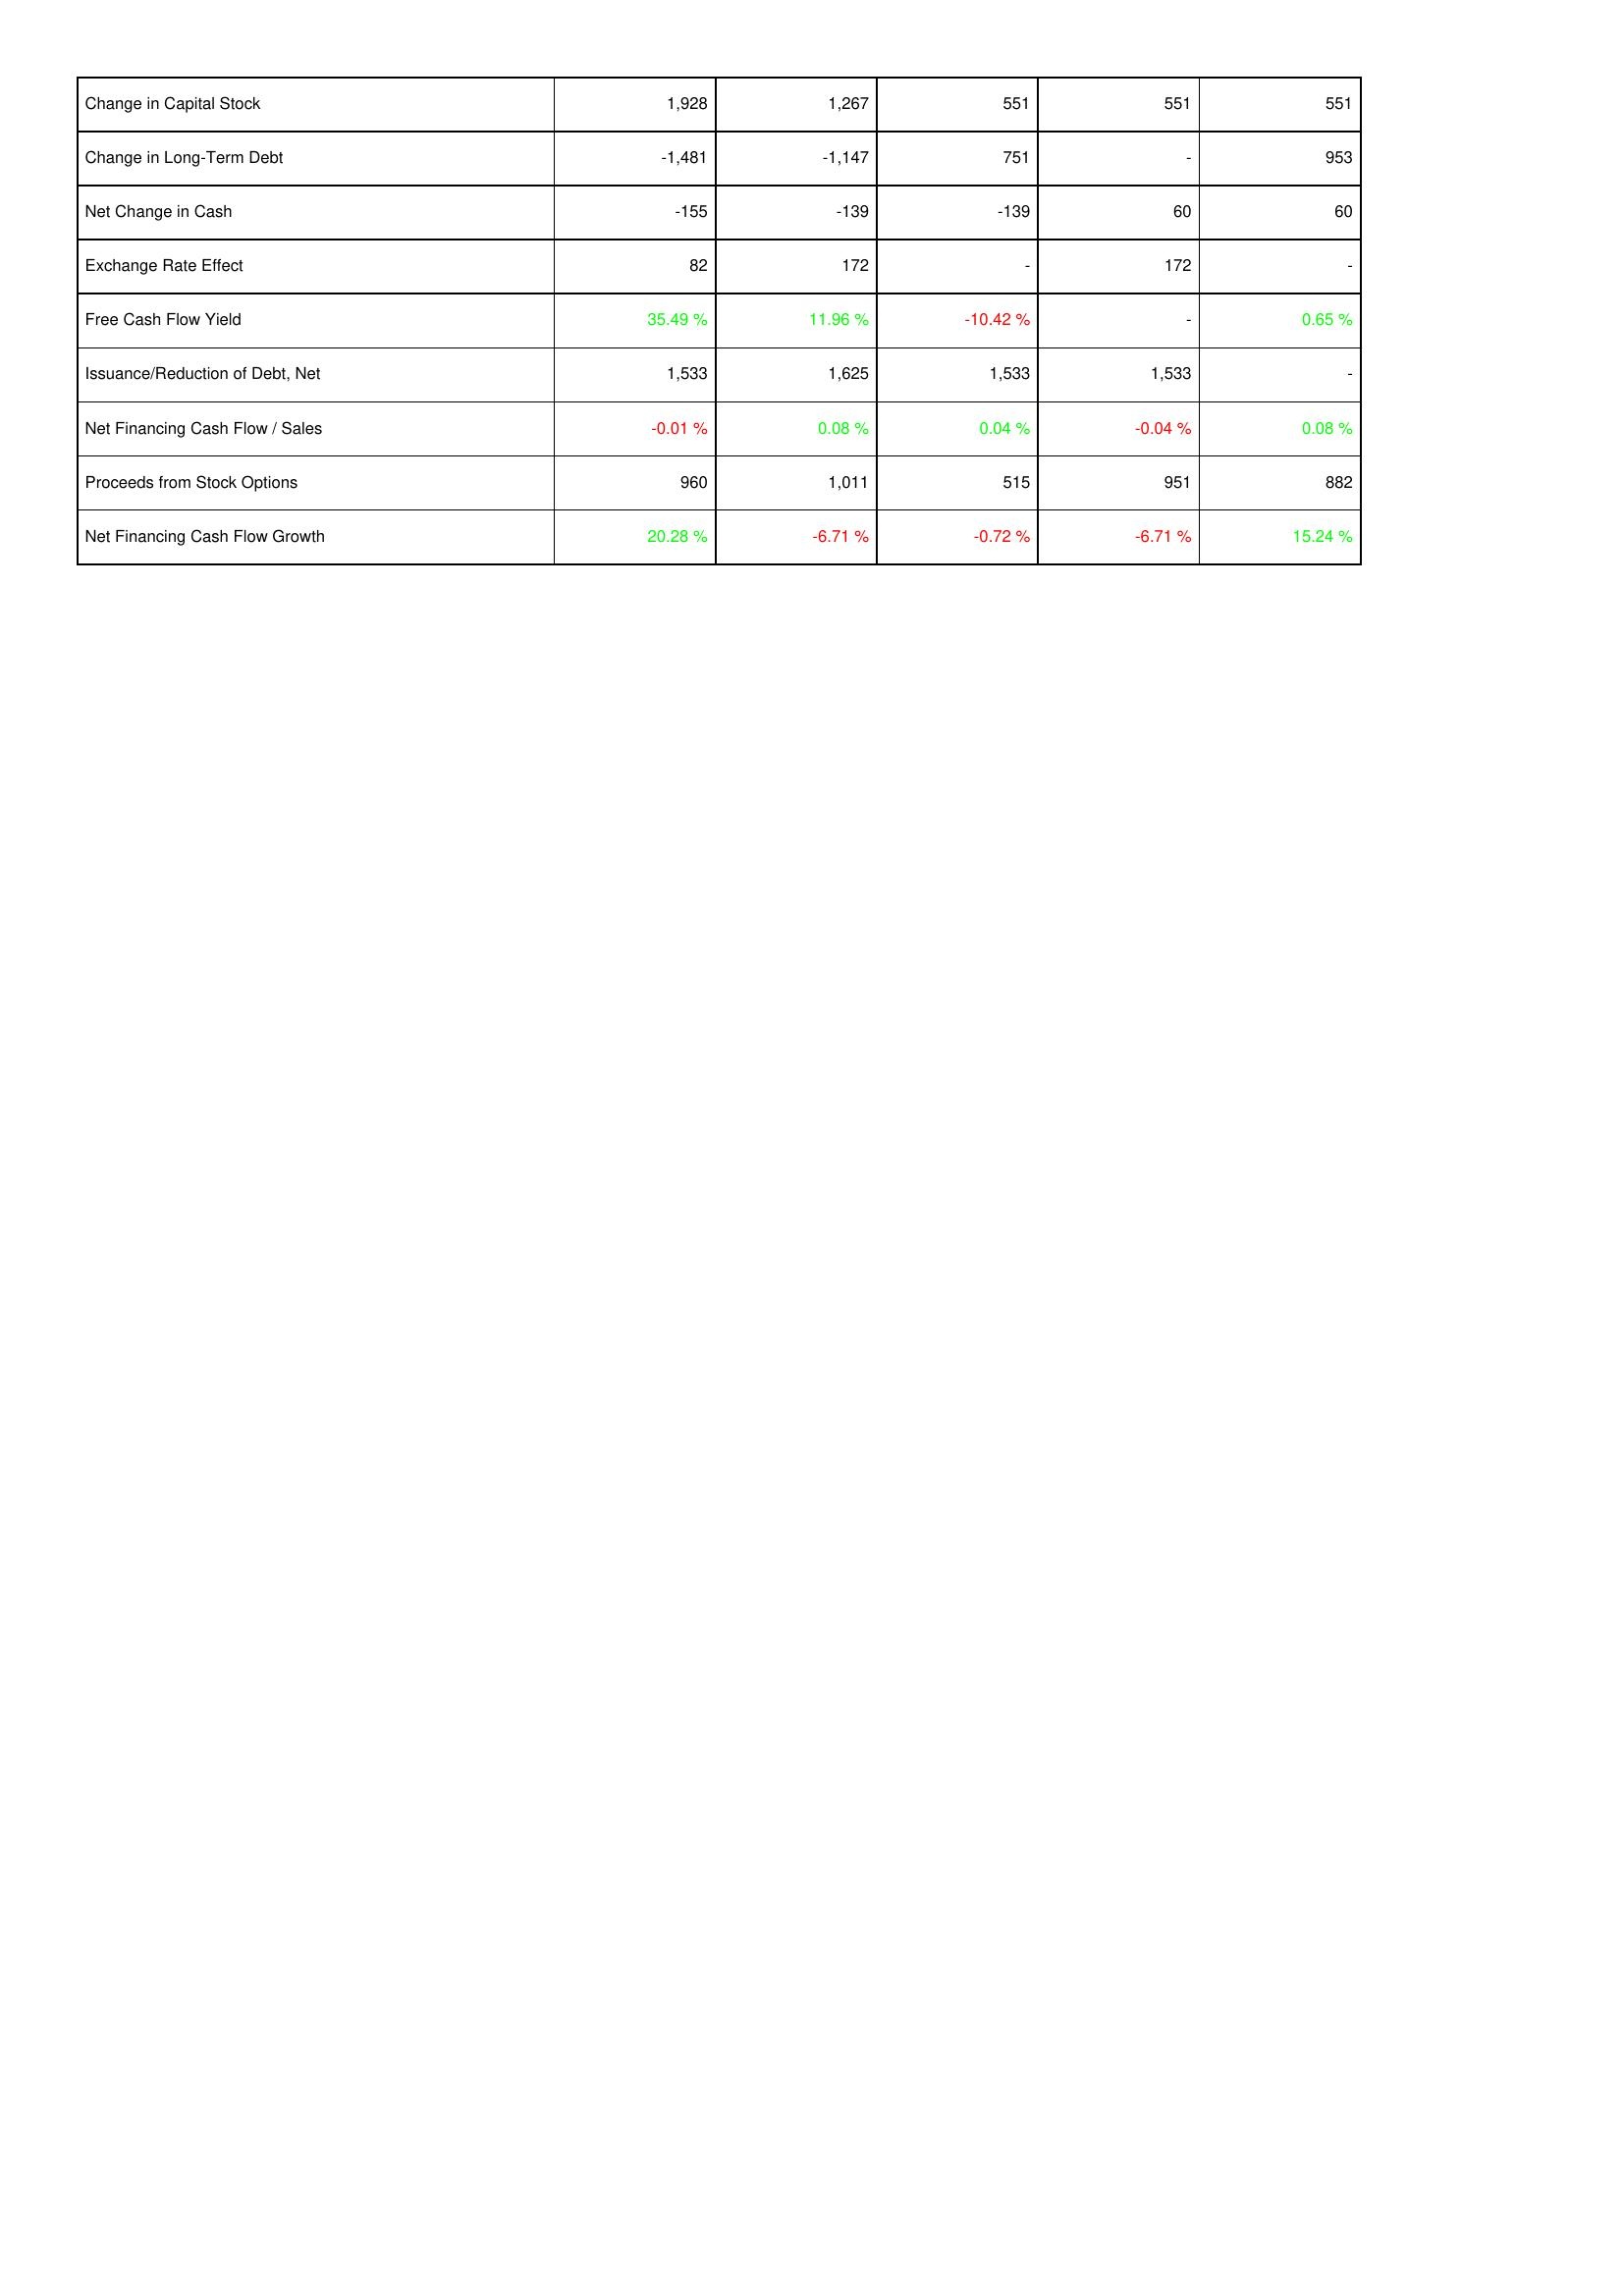
2015: Financing Activities: Change in Capital Stock: 1,928
Change in Long-Term Debt: -1,481
Net Change in Cash: -155
Exchange Rate Effect: 82
Free Cash Flow Yield: 35.49 %
Issuance/Reduction of Debt, Net: 1,533
Net Financing Cash Flow / Sales: -0.01 %
Proceeds from Stock Options: 960
Net Financing Cash Flow Growth: 20.28 %
2016: Financing Activities: Change in Capital Stock: 1,267
Change in Long-Term Debt: -1,147
Net Change in Cash: -139
Exchange Rate Effect: 172
Free Cash Flow Yield: 11.96 %
Issuance/Reduction of Debt, Net: 1,625
Net Financing Cash Flow / Sales: 0.08 %
Proceeds from Stock Options: 1,011
Net Financing Cash Flow Growth: -6.71 %
2017: Financing Activities: Change in Capital Stock: 551
Change in Long-Term Debt: 751
Net Change in Cash: -139
Exchange Rate Effect: -
Free Cash Flow Yield: -10.42 %
Issuance/Reduction of Debt, Net: 1,533
Net Financing Cash Flow / Sales: 0.04 %
Proceeds from Stock Options: 515
Net Financing Cash Flow Growth: -0.72 %
2018: Financing Activities: Change in Capital Stock: 551
Change in Long-Term Debt: -
Net Change in Cash: 60
Exchange Rate Effect: 172
Free Cash Flow Yield: -
Issuance/Reduction of Debt, Net: 1,533
Net Financing Cash Flow / Sales: -0.04 %
Proceeds from Stock Options: 951
Net Financing Cash Flow Growth: -6.71 %
2019: Financing Activities: Change in Capital Stock: 551
Change in Long-Term Debt: 953
Net Change in Cash: 60
Exchange Rate Effect: -
Free Cash Flow Yield: 0.65 %
Issuance/Reduction of Debt, Net: -
Net Financing Cash Flow / Sales: 0.08 %
Proceeds from Stock Options: 882
Net Financing Cash Flow Growth: 15.24 %